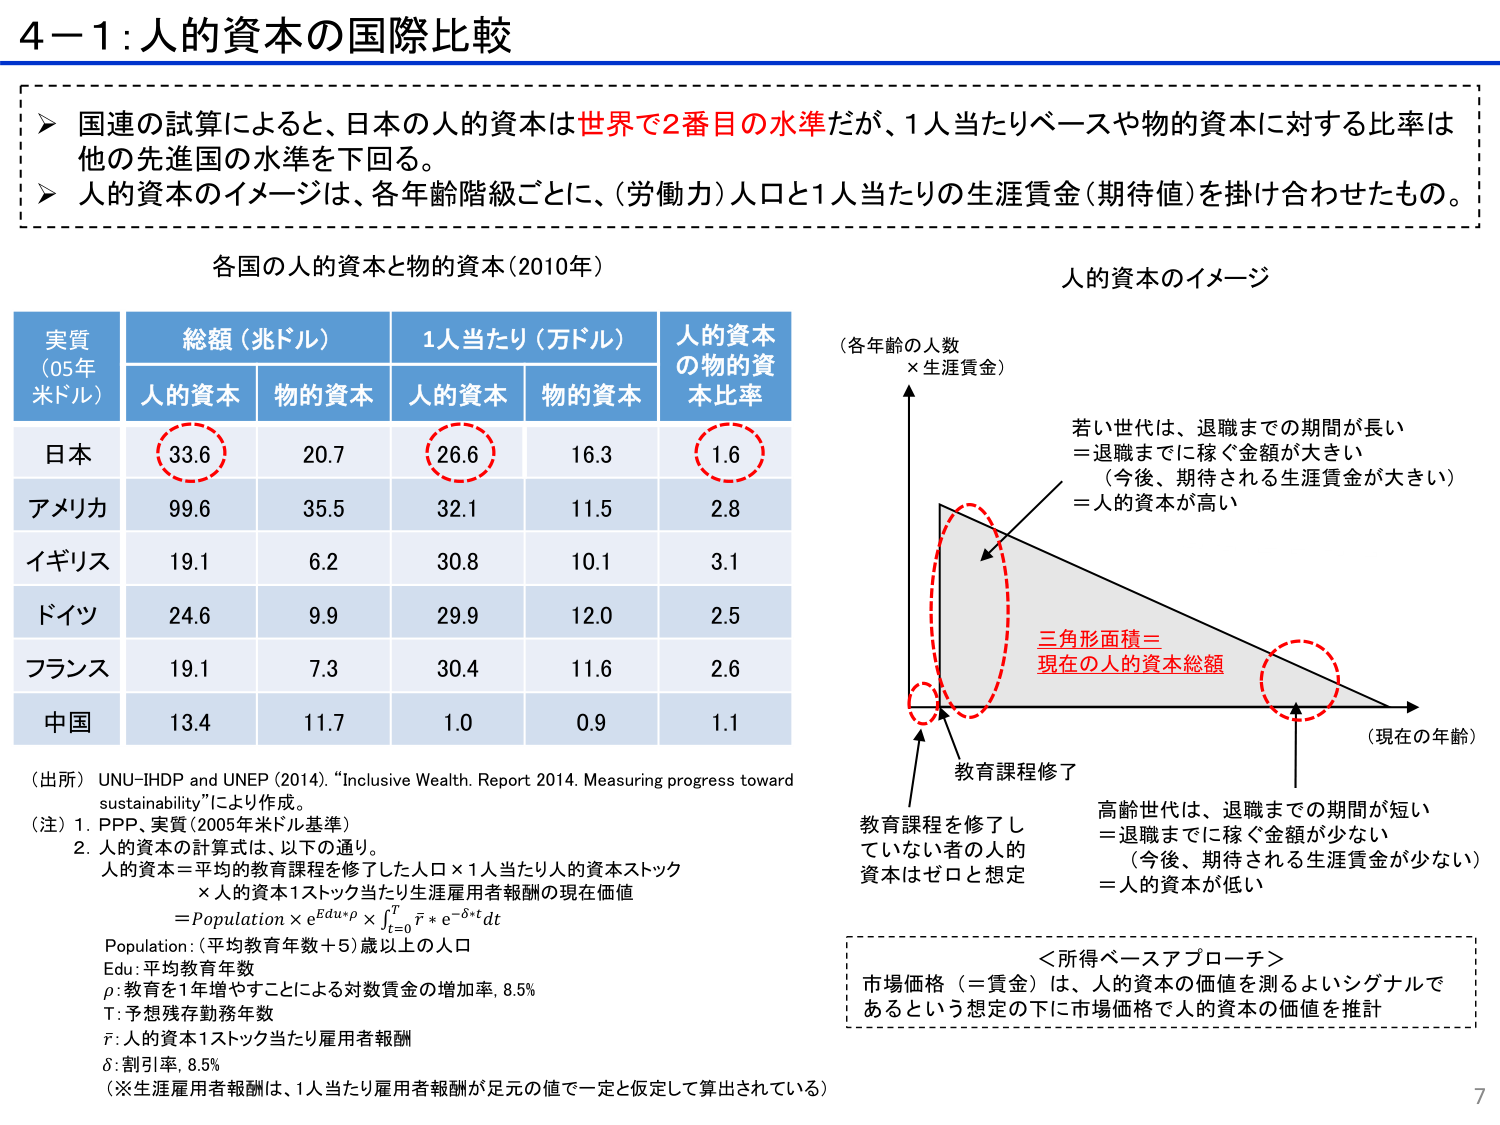
4－1：人的資本の国際比較

▶ 国連の試算によると、日本の人的資本は世界で2番目の水準だが、1人当たりベースや物的資本に対する比率は他の先進国の水準を下回る。
▶ 人的資本のイメージは、各年齢階級ごとに、（労働力）人口と1人当たりの生涯賃金（期待値）を掛け合わせたもの。

各国の人的資本と物的資本（2010年）

実質（05年米ドル）　総額（兆ドル）　1人当たり（万ドル）　人的資本の物的資本比率
　　　　　　　　　人的資本　物的資本　人的資本　物的資本

日本　　　　　　　33.6　　　20.7　　　26.6　　　16.3　　　1.6
アメリカ　　　　　99.6　　　35.5　　　32.1　　　11.5　　　2.8
イギリス　　　　　19.1　　　6.2　　　　30.8　　　10.1　　　3.1
ドイツ　　　　　　24.6　　　9.9　　　　29.9　　　12.0　　　2.5
フランス　　　　　19.1　　　7.3　　　　30.4　　　11.6　　　2.6
中国　　　　　　　13.4　　　11.7　　　1.0　　　　0.9　　　　1.1

（出所）UNU-IHDP and UNEP (2014). “Inclusive Wealth. Report 2014. Measuring progress toward sustainability”により作成。
（注）1. PPP、実質（2005年米ドル基準）
　　2. 人的資本の計算式は、以下の通り。
　　　人的資本＝平均的教育課程を修了した人口×1人当たり人的資本ストック
　　　　×人的資本1ストック当たり生涯雇用者報酬の現在価値
　　　＝Population × e^(Edu×ρ) × ∫[t=0 to T] r̄ × e^(-δ×t) dt
　　　Population：（平均教育年数＋5）歳以上の人口
　　　Edu：平均教育年数
　　　ρ：教育を1年増やすことによる対数賃金の増加率, 8.5%
　　　T：予想残存勤務年数
　　　r̄：人的資本1ストック当たり雇用者報酬
　　　δ：割引率, 8.5%
　　（※生涯雇用者報酬は、1人当たり雇用者報酬が足元の値で一定と仮定して算出されている）

人的資本のイメージ

（各年齢の人数 × 生涯賃金）